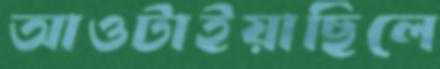
আওটাইয়াছিলে